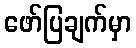
ဖော်ပြချက်မှာ